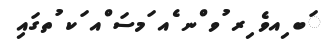
ަބ ިއވެ ިރ ުވ ްނ ެއ ަމސަ ްއ ަކ ުތގައި